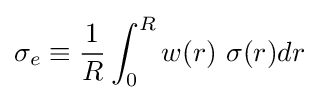
\sigma _{e}\equiv {\frac {1}{R}}\int _{0}^{R}w(r)\ \sigma (r)dr